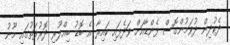
ދެކުދިން ދުވަމުންގޮސް ފެންޑާއަށް ވަދެފައި ކައިރާ އެ ބޮޑު ބިއްލޫރި ދޮރުފަތުގައި މޫނު